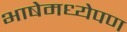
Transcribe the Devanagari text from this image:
भाषेमध्येपण